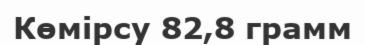
Көмірсу 82,8 грамм